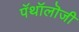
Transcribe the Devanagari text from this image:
पॅथॉलॊजी